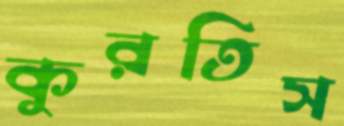
কুরতিস